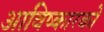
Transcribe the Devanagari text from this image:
आविष्कारको